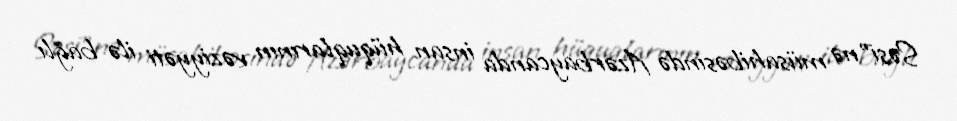
Səsi”nə müsahibəsində Azərbaycanda insan hüquqlarının vəziyyəti ilə bağlı